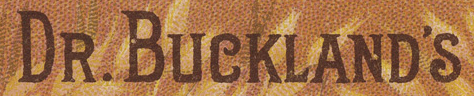
DR.BUCKLAND'S